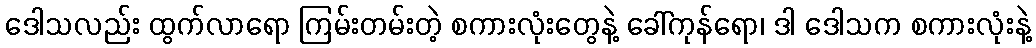
ဒေါသလည်း ထွက်လာရော ကြမ်းတမ်းတဲ့ စကားလုံးတွေနဲ့ ခေါ်ကုန်ရော၊ ဒါ ဒေါသက စကားလုံးနဲ့